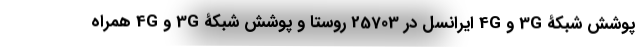
پوشش شبکۀ 3G و 4G ایرانسل در 25703 روستا و پوشش شبکۀ 3G و 4G همراه